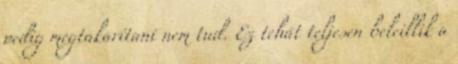
pedig megtakarítani nem tud. Ez tehát teljesen beleillik a